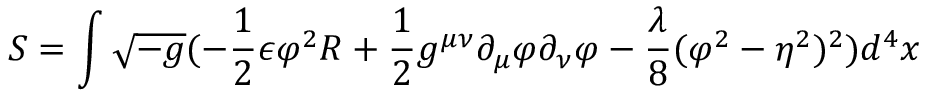
S = \int \sqrt { - g } ( - \frac { 1 } { 2 } \epsilon \varphi ^ { 2 } R + \frac { 1 } { 2 } g ^ { \mu \nu } \partial _ { \mu } \varphi \partial _ { \nu } \varphi - \frac { \lambda } { 8 } ( \varphi ^ { 2 } - \eta ^ { 2 } ) ^ { 2 } ) d ^ { 4 } x